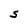
Character: S